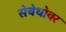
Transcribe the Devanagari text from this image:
स॓ब॓धा॓वर